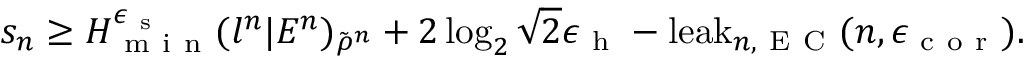
s _ { n } \geq H _ { \mathrm { ~ m ~ i ~ n ~ } } ^ { \epsilon _ { \mathrm { ~ s ~ } } } ( l ^ { n } | E ^ { n } ) _ { \tilde { \rho } ^ { n } } + 2 \log _ { 2 } \sqrt { 2 } \epsilon _ { \mathrm { ~ h ~ } } - \mathrm { l e a k } _ { n , \mathrm { ~ E ~ C ~ } } ( n , \epsilon _ { \mathrm { ~ c ~ o ~ r ~ } } ) .